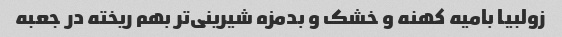
زولبیا بامیه کهنه و خشک و بدمزه شیرینی‌تر بهم ریخته در جعبه